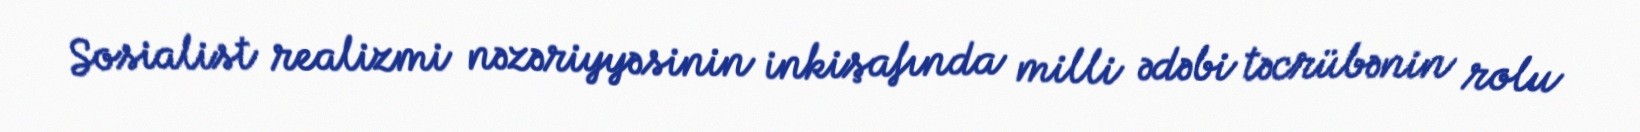
Sosialist realizmi nəzəriyyəsinin inkişafında milli ədəbi təcrübənin rolu